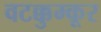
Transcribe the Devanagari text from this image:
वटक्कुम्कूर